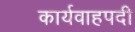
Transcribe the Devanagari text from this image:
कार्यवाहपदी